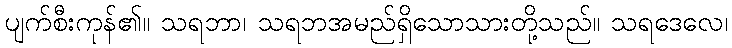
ပျက်စီးကုန်၏။ သရဘာ၊ သရဘအမည်ရှိသောသားတို့သည်။ သရဒေလေ၊